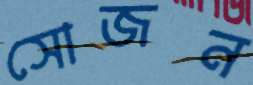
সোজন